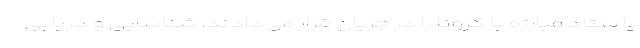
یا ستاد مبارزه با کرونا را در جریان قرار می‌دادند، شناسایی و دریابی